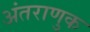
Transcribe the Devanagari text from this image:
अंतराणुक